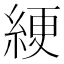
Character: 綆